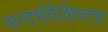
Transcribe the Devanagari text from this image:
सन्दर्भवैशिष्ट्य